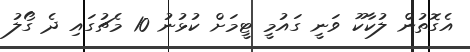
އެގޮތުން ލުކާކޫ ވަނީ ގައުމީ ޓީމަށް ކުޅުނު 10 މެޗުގައި ދެ ގޯލު